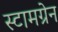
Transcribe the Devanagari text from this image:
स्टामग्रेन